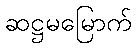
ဆဋ္ဌမမြောက်